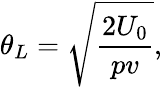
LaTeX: {\theta_{L}=\sqrt{\frac{2U_{0}}{pv}}},